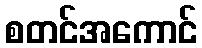
စတင်အကောင်